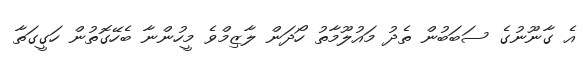
އެ ގާނޫނުގެ ސަބަބުން ތެދު މައުލޫމާތު ހޯދަން ލާޒިމްވެ މީހުންނާ ބެހޭގޮތުން ހަގީގަތާ